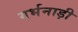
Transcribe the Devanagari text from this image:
गर्भनाड़ी